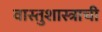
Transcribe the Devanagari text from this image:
वास्तुशास्त्राची